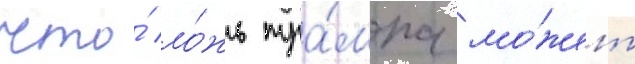
что́ ло́жь тра́мпа мо́жет